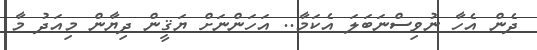
ދެން އެހާ ނުވިސްނަބަލަ އެކަމާ.. އަހަންނަށް ޔަޤީން ދިޔާން މިއަދު މާ